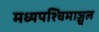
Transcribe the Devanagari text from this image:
मध्यपश्चिमाञ्चल